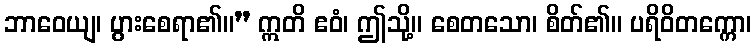
ဘာဝေယျ၊ ပွားစေရာ၏။” ဣတိ ဧဝံ၊ ဤသို့။ စေတသော၊ စိတ်၏။ ပရိဝိတက္ကော၊